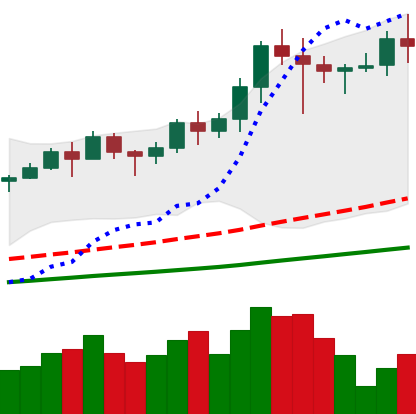
Ticker: LINK-USD
Chart end date: 2021-02-20
Forward return: -27.681%
Label: down_7plus